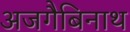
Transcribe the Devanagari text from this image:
अजगैबिनाथ